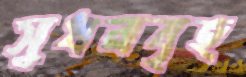
সুধনবৃহ